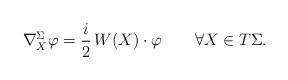
LaTeX: \begin{align*} \nabla^{\Sigma}_X\varphi =\frac{i}{2}\, W(X)\cdot \varphi \qquad\forall X\in T\Sigma.\end{align*}